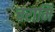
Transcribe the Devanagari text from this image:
चरामि